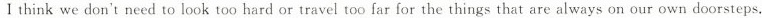
Ⅰthink we don't need to look too hard or travel too far for the things that are always on our own doorsteps.